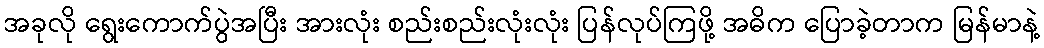
အခုလို ရွေးကောက်ပွဲအပြီး အားလုံး စည်းစည်းလုံးလုံး ပြန်လုပ်ကြဖို့ အဓိက ပြောခဲ့တာက မြန်မာနဲ့